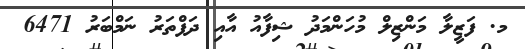
މ. ފަޒީލާ މަންޒިލް މުހަންމަދު ޝިފާއު އާއި ދަފްތަރު ނަމްބަރު 6471